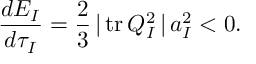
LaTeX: \frac { d E _ { I } } { d \tau _ { I } } = \frac { 2 } { 3 } \, \vert \, \mathrm { t r } \, Q _ { I } ^ { 2 } \, \vert \, a _ { I } ^ { 2 } < 0 .